Civil Veterinary Dept. Bombay admin report 1900-1906 - 1900-1906
Year: 1900
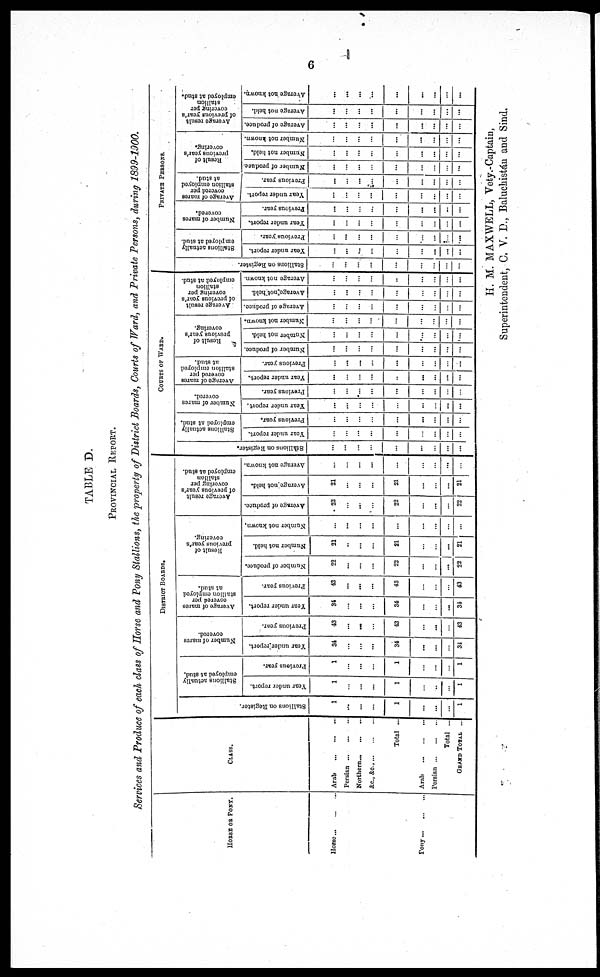
6
TABLE D.
PROVINCIAL REPORT.
Services and Produce of each class of Horse and Pony Stallions, the property of District Boards, Courts of Ward, and Private Persons, during 1899-1900.
HORSE OR PONY.
Horsc
...
...
...
Pony...
...
...
CLASS.
Arab
...
...
...
Persian
...
...
...
Northern
...
...
...
&c., &c.,
...
...
...
Total ...
Arab
...
...
...
Porsian
...
...
...
Total ...
GRAND TOTAL ...
DISTRICT BOARDS.
Stallions on Register.
1
...
...
...
1
...
...
...
1
Stallions actually
employed at stud.
Year under report.
1
...
...
...
1
...
...
...
1
Previous year.
1
...
...
...
1
...
...
...
1
Number of mares
covered.
Year under report.
31
...
...
...
34
...
...
...
31
Previous year.
43
...
...
...
43
...
...
...
43
Average of mares
covered per
stallion employed
at stud.
Year under report.
34
...
...
...
34
...
...
...
34
Previous year.
43
...
...
...
43
...
...
...
43
Result of
previous year's
covering.
Number of produce.
22
...
...
...
22
...
...
...
22
Number not held.
21
..
...
...
21
...
...
...
21
Number not known.
...
...
...
...
...
...
...
...
...
Average result
of previous year's
covering per
stallion
employed at stud.
Average of produce.
22
...
...
...
22
...
...
...
22
Average not held.
21
...
...
...
21
...
...
...
21
Average not known.
...
...
...
...
...
...
...
...
...
COURTS OF WARD.
Stallions on Register.
...
...
...
...
...
...
...
...
...
Stallions actually
employed at stud.
Year under report.
...
...
...
...
...
...
...
...
...
Previous year.
...
...
...
...
...
...
...
...
...
Number of marcs
covered.
Year under report.
...
...
...
...
...
...
...
...
...
Previous year.
...
...
....
...
...
...
...
..
...
Average of mares
covered per
stallion employed
at stud.
Year under report.
...
...
...
...
...
...
...
...
...
Previous year.
...
...
...
...
...
...
...
...
...
Result of
previous year's
covering.
Number of produce.
...
...
...
...
...
...
...
...
...
Number not held.
...
...
...
...
...
...
...
...
...
Number not known.
...
...
...
...
...
...
...
...
...
Average result
of previous year's
covering per
stallion
employed at stud.
Average of produce.
...
...
...
...
...
...
...
...
...
Average
not held.
...
...
...
...
...
...
...
...
...
Average not known.
...
...
...
...
...
...
...
...
...
PRIVATE PERSONS.
Stallions on Register.
...
...
...
...
...
...
...
...
...
Stallions actually
employed at stud.
Year under report.
...
...
...
...
...
...
...
...
...
Previous year.
...
...
...
...
...
...
...
...
....
Number of mares
covered.
Year under report.
...
...
...
...
...
...
...
...
...
Previous year.
...
...
...
...
...
...
...
...
...
Average of mares
covered per
stallion employed
at stud.
Year under report.
...
...
...
...
...
...
...
...
...
Previous year.
...
...
...
...
...
...
...
...
...
Result of
previous year's
covering.
Number of produce.
...
...
...
...
...
...
...
...
...
Number not held.
...
...
...
...
...
...
...
...
...
Number not known.
...
...
...
...
...
...
...
...
...
Average result
of previous year's
covering per
stallion
employed at stud.
Average of produce.
...
...
...
...
...
...
...
...
...
Average not held.
...
...
...
...
...
...
..
...
...
Average not known.
...
...
...
...
...
...
...
...
...
H. M. MAXWELL, Vety.-Captain,
Superintendent, C. V. D., Baluchistán and Sind.